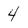
Character: 4